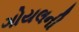
ગોયલની